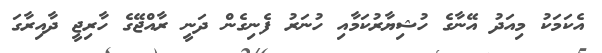
އެކަމަކު މިއަދު އޭނާގެ ހުޝިޔާރުކަމާއި ހުނަރު ފެނިގެން ދަނީ ރާއްޖޭގެ ހާރިޖީ ދާއިރާގަ